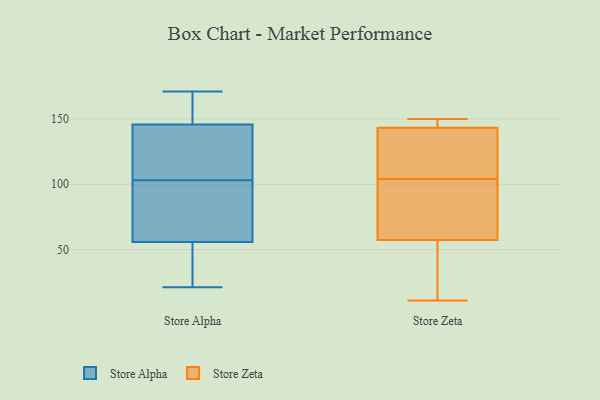
{"axis": {"x": "Conversion Rate (%)", "y": "Value"}, "legend": ["Store Alpha", "Store Zeta"], "data": [{"x": "", "y": 149, "type": "Store Alpha"}, {"x": "", "y": 58, "type": "Store Alpha"}, {"x": "", "y": 55, "type": "Store Alpha"}, {"x": "", "y": 152, "type": "Store Alpha"}, {"x": "", "y": 136, "type": "Store Alpha"}, {"x": "", "y": 128, "type": "Store Alpha"}, {"x": "", "y": 98, "type": "Store Alpha"}, {"x": "", "y": 33, "type": "Store Alpha"}, {"x": "", "y": 123, "type": "Store Alpha"}, {"x": "", "y": 70, "type": "Store Alpha"}, {"x": "", "y": 152, "type": "Store Alpha"}, {"x": "", "y": 171, "type": "Store Alpha"}, {"x": "", "y": 47, "type": "Store Alpha"}, {"x": "", "y": 21, "type": "Store Alpha"}, {"x": "", "y": 103, "type": "Store Alpha"}, {"x": "", "y": 26, "type": "Store Zeta"}, {"x": "", "y": 43, "type": "Store Zeta"}, {"x": "", "y": 143, "type": "Store Zeta"}, {"x": "", "y": 150, "type": "Store Zeta"}, {"x": "", "y": 97, "type": "Store Zeta"}, {"x": "", "y": 144, "type": "Store Zeta"}, {"x": "", "y": 144, "type": "Store Zeta"}, {"x": "", "y": 146, "type": "Store Zeta"}, {"x": "", "y": 104, "type": "Store Zeta"}, {"x": "", "y": 114, "type": "Store Zeta"}, {"x": "", "y": 129, "type": "Store Zeta"}, {"x": "", "y": 79, "type": "Store Zeta"}, {"x": "", "y": 88, "type": "Store Zeta"}, {"x": "", "y": 11, "type": "Store Zeta"}, {"x": "", "y": 62, "type": "Store Zeta"}, {"x": "", "y": 122, "type": "Store Zeta"}, {"x": "", "y": 22, "type": "Store Zeta"}]}